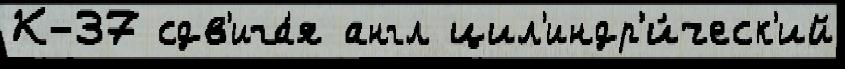
К-37 сдв'ига́я англ цил'индр'и́ческ'ий